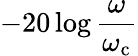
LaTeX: -20\log{\frac{\omega}{\omega_{\mathrm{c}}}}